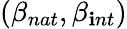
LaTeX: (\beta_{nat},\beta_{\mathbf{i}nt})